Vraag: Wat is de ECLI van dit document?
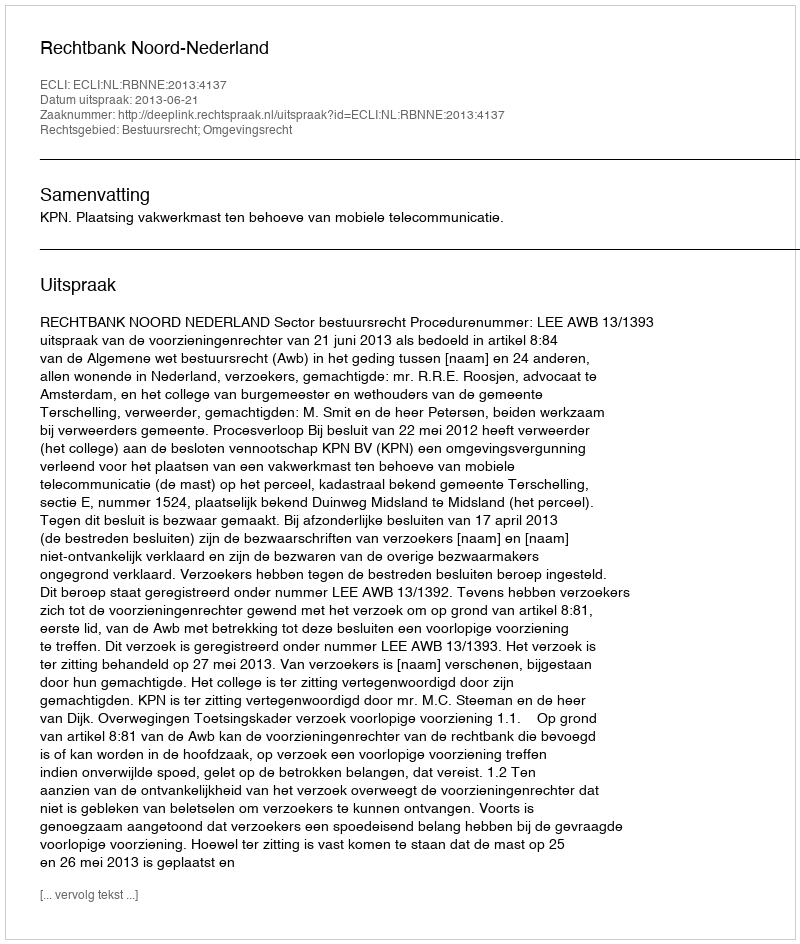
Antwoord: ECLI:NL:RBNNE:2013:4137